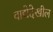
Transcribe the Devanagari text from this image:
वाद्येदेखील